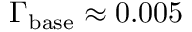
\Gamma _ { \mathrm { b a s e } } \approx 0 . 0 0 5